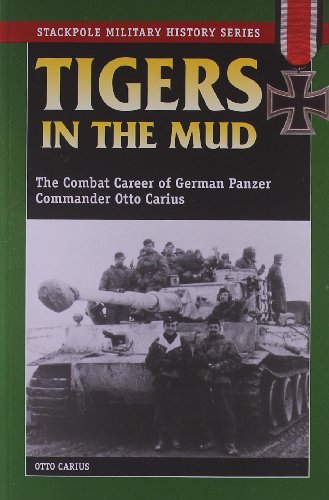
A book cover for Tigers in the Mud: The Combat Career of German Panzer Commander Otto Carius (Stackpole Military History Series); Otto Carius; History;